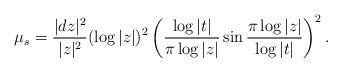
LaTeX: \begin{align*}\mu_s=\frac{|dz|^2}{|z|^2}(\log|z|)^2\left(\frac{\log|t|}{\pi\log|z|}\sin\frac{\pi\log|z|}{\log|t|}\right)^2.\end{align*}